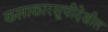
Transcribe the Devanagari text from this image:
कलाकारसूचीदेखील